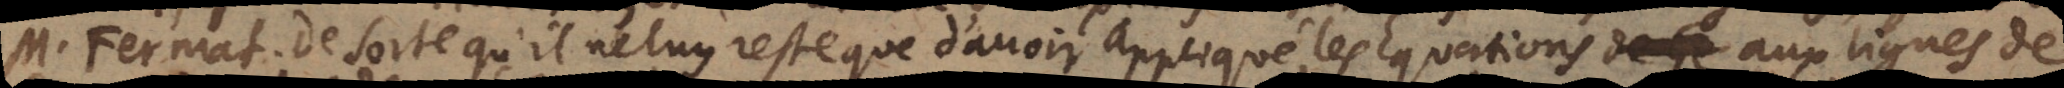
M. Fermat. De sorte qu’il ne luy reste que d’avoir appliqué les Equations aux lignes de